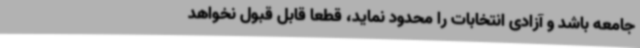
جامعه باشد و آزادی انتخابات را محدود نماید، قطعا قابل قبول نخواهد